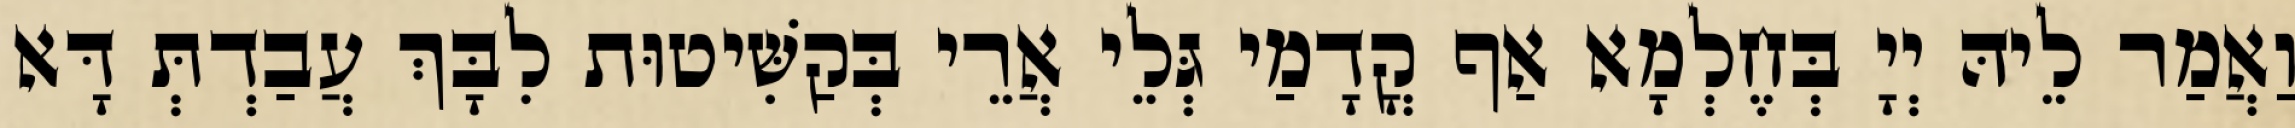
וַאֲמַר לֵיהּ יְיָ בְּחֶלְמָא אַף קֳדָמַי גְּלֵי אֲרֵי בְּקַשִּׁיטוּת לִבָּךְ עֲבַדְתְּ דָּא